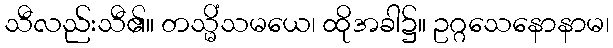
သီလည်းသီ၏။ တသ္မိံသမယေ၊ ထိုအခါ၌။ ဥဂ္ဂသေနောနာမ၊